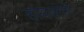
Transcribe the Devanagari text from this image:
हायडनने